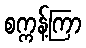
စက္ကန့်ကြာ